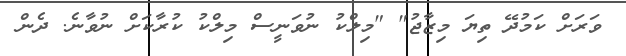
ވަރަށް ކަމުދޭ ތިޔަ މިޒާޖު" "މިލްކު ނުވަނީސް މިލްކު ކުރާކަށް ނުވާނެ. ދެން